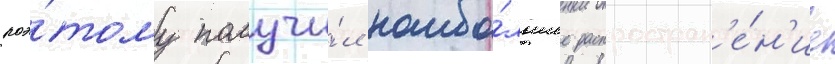
поэ́тому получи́л наибо́льшее распростран'е́н'ие